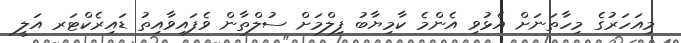
މިއަހަރުގެ މިހާތަނަށް އެޅުވި އެންމެ ކާމިޔާބު ފިލްމަށް ސުލްތާން ވެފައިވާއިތު ޑައިރެކްޓަރ އަލީ